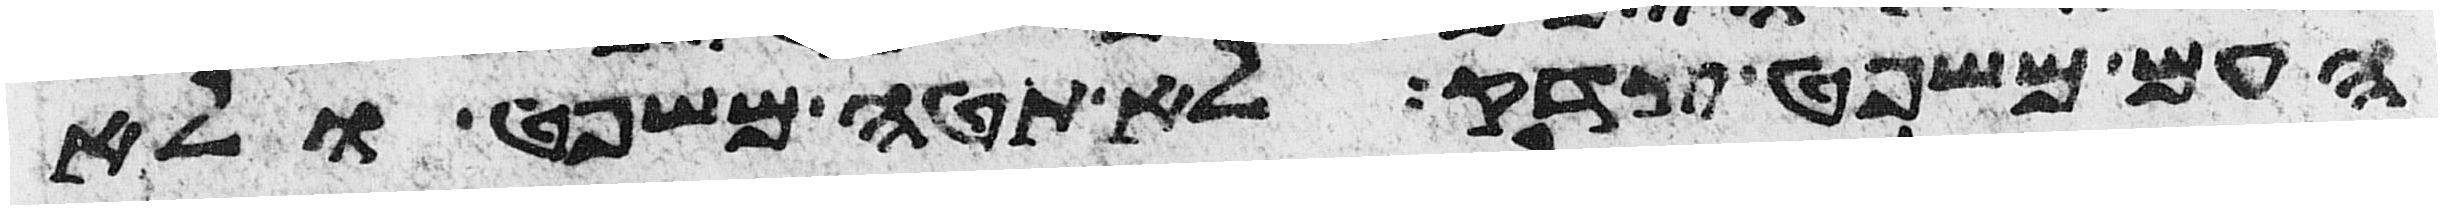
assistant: העם משפט צדק לא תטה משפט ולא